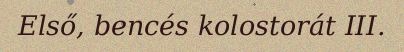
Első, bencés kolostorát III.